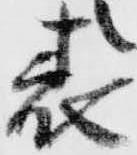
表